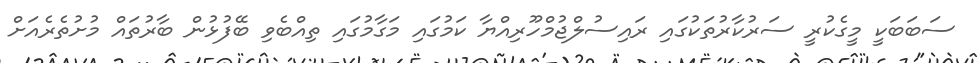
ސަބަބަކީ މީގެކުރީ ސަރުކާރުތަކުގައި ރައިސުލްޖުމްހޫރިއްޔާ ކަމުގައި މަގާމުގައި ތިއްބެވި ބޭފުޅުން ބާރުތައް މުށުތެރެއަށް